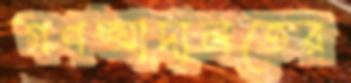
গণআদালতের